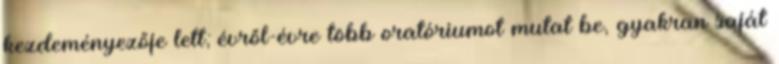
kezdeményezője lett; évről-évre több oratóriumot mutat be, gyakran saját